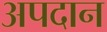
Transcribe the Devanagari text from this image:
अपदान